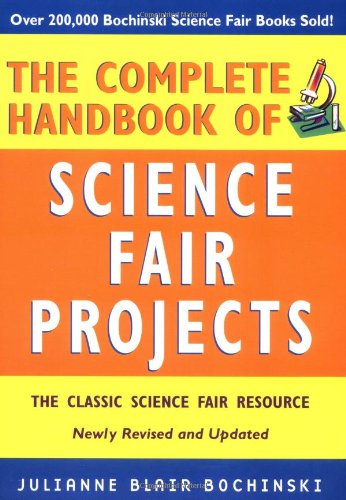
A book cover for The Complete Handbook of Science Fair Projects; Julianne Blair Bochinski; Children's Books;